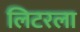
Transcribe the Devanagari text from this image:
लिटरला